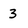
Character: 3